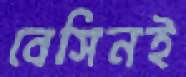
বেসিনই